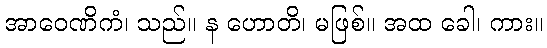
အာဝေဏိကံ၊ သည်။ န ဟောတိ၊ မဖြစ်။ အထ ခေါ၊ ကား။